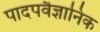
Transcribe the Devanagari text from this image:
पादपवैज्ञानिक